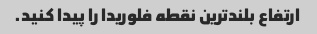
ارتفاع بلندترین نقطه فلوریدا را پیدا کنید.